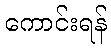
ကောင်းရန်